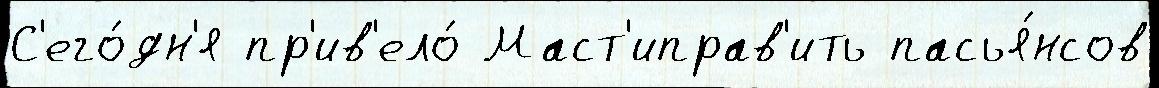
С'его́дн'я пр'ив'ело́ Маст'иправ'ить пасья́нсов